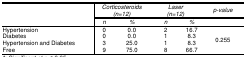
<table><thead><tr><td rowspan="3"></td><td colspan="2"><b><i>Corticosteroids (n=12)</i></b></td><td colspan="2"><b><i>Laser (n=12)</i></b></td><td><b><i>p-value</i></b></td></tr><tr><td><b><i>n</i></b></td><td><b><i>%</i></b></td><td><b><i>n</i></b></td><td><b><i>%</i></b></td><td></td></tr></thead><tbody><tr><td>Hypertension</td><td>0</td><td>0.0</td><td>2</td><td>16.7</td><td rowspan="4">0.255</td></tr><tr><td>Diabetes</td><td>0</td><td>0.0</td><td>1</td><td>8.3</td></tr><tr><td>Hypertension and Diabetes</td><td>3</td><td>25.0</td><td>1</td><td>8.3</td></tr><tr><td>Free</td><td>9</td><td>75.0</td><td>8</td><td>66.7</td></tr></tbody></table>